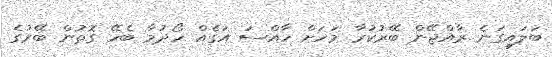
ބަލައިގަނެ ރާއްޖޭން ބޭރުކުރާ މަހަށް ހާއްސަ އަގެއް ހޯދުމާ ބެހޭ ގޮތުން ބޭރުގެ